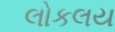
લોકલય